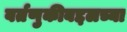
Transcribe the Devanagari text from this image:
वर्तणुकीबद्दलच्या